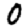
Digit: 0